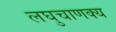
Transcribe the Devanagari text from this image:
लघुचाणक्य